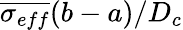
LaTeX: \overline{{\sigma_{eff}}}(b-a)/D_{c}